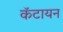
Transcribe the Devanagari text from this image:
कॅटायन